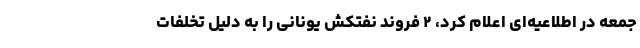
جمعه در اطلاعیه‌ای اعلام کرد، ۲ فروند نفتکش یونانی را به دلیل تخلفات